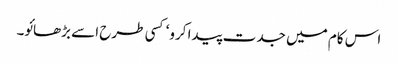
اس کام میں جدت پیدا کرو‘ کسی طرح اسے بڑھائو۔